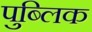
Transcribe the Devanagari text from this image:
पुब्लिक